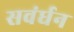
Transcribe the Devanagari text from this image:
सवंर्धन